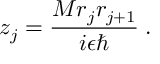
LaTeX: z _ { j } = \frac { M r _ { j } r _ { j + 1 } } { i \epsilon \hbar } \; .